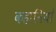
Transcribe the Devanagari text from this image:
कहानियॉं